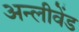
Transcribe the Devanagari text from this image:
अन्लीवेंड